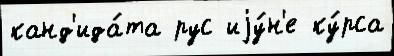
канд'ида́та рус иjу́н'е ку́рса